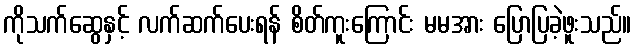
ကိုသက်ဆွေနှင့် လက်ဆက်ပေးရန် စိတ်ကူးကြောင်း မမအား ပြောပြခဲ့ဖူးသည်။